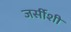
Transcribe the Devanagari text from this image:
जर्सीशी